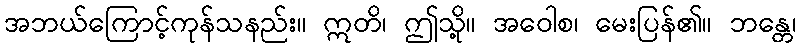
အဘယ်ကြောင့်ကုန်သနည်း။ ဣတိ၊ ဤသို့။ အဝေါစ၊ မေးပြန်၏။ ဘန္တေ၊